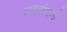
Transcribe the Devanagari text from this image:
जननांगाची